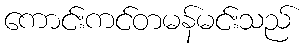
ကောင်းကင်တမန်မင်းသည်